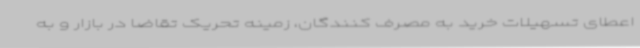
اعطای تسهیلات خرید به مصرف کنندگان، زمینه تحریک تقاضا در بازار و به